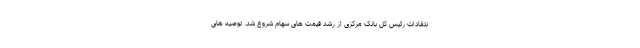
نتقادات رئیس کل بانک مرکزی از رشد قیمت های سهام شروع شد. توصیه های